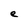
Character: e